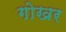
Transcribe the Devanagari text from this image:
गोखर